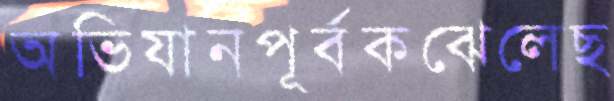
অভিযানপূর্বকঝেলেছ